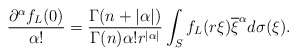
\begin{align*}\frac{\partial^{\alpha}f_L(0)}{\alpha!}=\frac{\Gamma(n+|\alpha|)}{\Gamma(n)\alpha!r^{|\alpha|}}\int_{S}f_L(r\xi)\overline{\xi}^{\alpha}d\sigma(\xi).\end{align*}